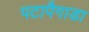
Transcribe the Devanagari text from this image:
पटापैगाडा